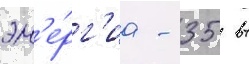
эн'е́рг'иа - 35 вт